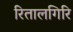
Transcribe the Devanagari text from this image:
रितालगिरि